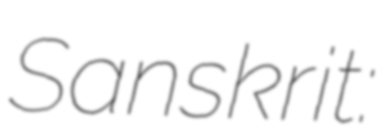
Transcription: Sanskrit: